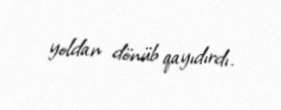
yoldan dönüb qayıdırdı.